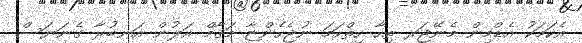
އެކަމަކު އެޑްމިން މެނޭޖަރ ތިހާ ހިތްހަމަ ނުޖެހެންޏާ މަޤާމް އަލުން އަނބުރާ ގެނަޔަސް